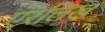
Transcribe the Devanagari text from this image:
एरलिख